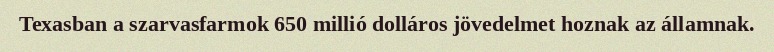
Texasban a szarvasfarmok 650 millió dolláros jövedelmet hoznak az államnak.